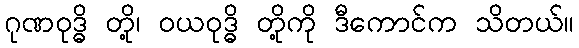
ဂုဏဝုဒ္ဓိ တို့၊ ဝယဝုဒ္ဓိ တို့ကို ဒီကောင်က သိတယ်။